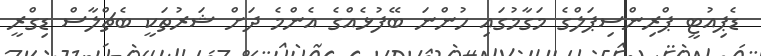
ޑެޕިއުޓީ ޕްރިންސިޕަލްގެ މަގާމުގައި ހުންނަ ބޭފުޅެއްގެ އެންމެ ދަށް ޝަރުތަކީ ބެޗްލާސް ޑިގްރީ